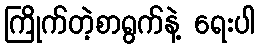
ကြိုက်တဲ့စာရွက်နဲ့ ရေးပါ